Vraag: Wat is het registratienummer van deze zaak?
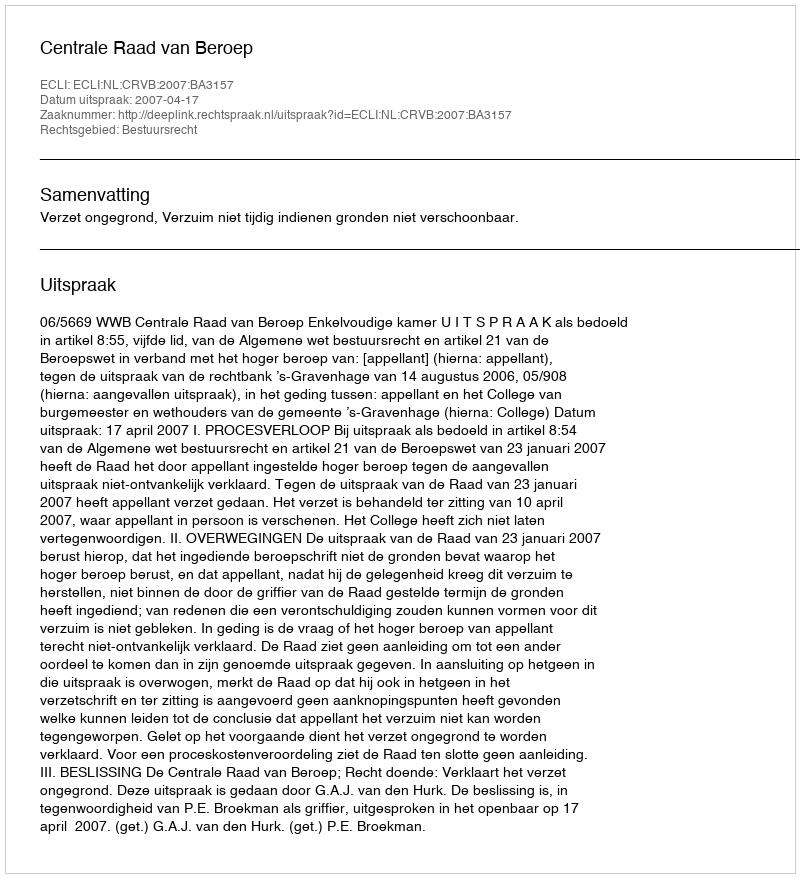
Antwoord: http://deeplink.rechtspraak.nl/uitspraak?id=ECLI:NL:CRVB:2007:BA3157